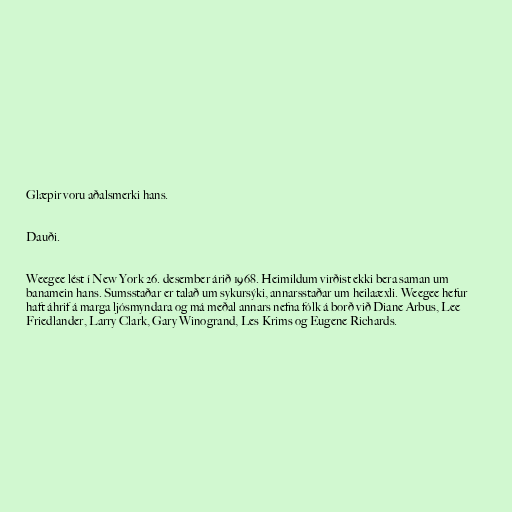
Glæpir voru aðalsmerki hans.

Dauði.

Weegee lést í New York 26. desember árið 1968. Heimildum virðist ekki bera saman um
banamein hans. Sumsstaðar er talað um sykursýki, annarsstaðar um heilaæxli. Weegee hefur
haft áhrif á marga ljósmyndara og má meðal annars nefna fólk á borð við Diane Arbus, Lee
Friedlander, Larry Clark, Gary Winogrand, Les Krims og Eugene Richards.